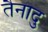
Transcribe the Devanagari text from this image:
तैनादु